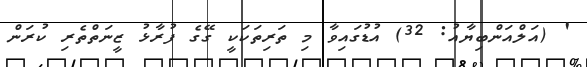
' (އަލްއަންބިޔާއު: 32) އުޑުގައިވާ މި ތަރިތަކަކީ ގޭގެ ފުރާޅު ޒީނަތްތެރި ކުރަން